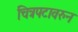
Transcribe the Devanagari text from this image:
चित्रपटावरुन